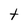
Character: t